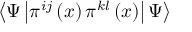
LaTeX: \left\langle \Psi \left| \pi ^ { i j } \left( x \right) \pi ^ { k l } \left( x \right) \right| \Psi \right\rangle